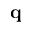
\mathbf { q }